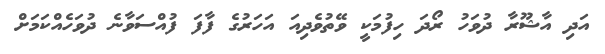
އަދި އާޝޫރާ ދުވަހު ރޯދަ ހިފުމަކީ ވޭތުވެދިއަ އަހަރުގެ ފާފަ ފުއްސަވާނެ ދުވަހެއްކަމަށް